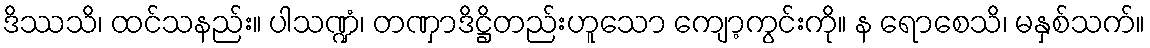
ဒိဿသိ၊ ထင်သနည်း။ ပါသဏ္ဍံ၊ တဏှာဒိဋ္ဌိတည်းဟူသော ကျော့ကွင်းကို။ န ရောစေသိ၊ မနှစ်သက်။